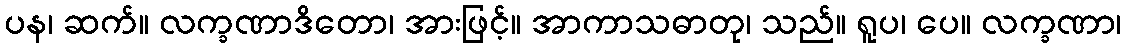
ပန၊ ဆက်။ လက္ခဏာဒိတော၊ အားဖြင့်။ အာကာသဓာတု၊ သည်။ ရူပ၊ ပေ။ လက္ခဏာ၊